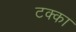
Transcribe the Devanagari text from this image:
टक्‍का